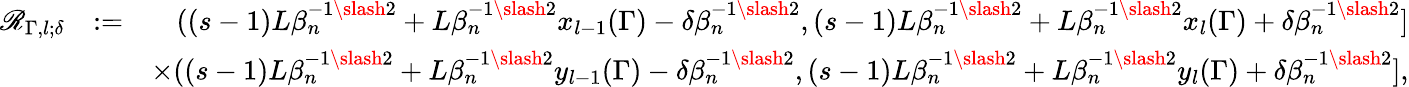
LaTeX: \begin{array}{rlr}{\mathscr{R}_{\Gamma,l;\delta}}&{:=}&{((s-1)L\beta_{n}^{-1\slash 2}+L\beta_{n}^{-1\slash 2}x_{l-1}(\Gamma)-\delta\beta_{n}^{-1\slash 2},(s-1)L\beta_{n}^{-1\slash 2}+L\beta_{n}^{-1\slash 2}x_{l}(\Gamma)+\delta\beta_{n}^{-1\slash 2}]}\\ &{}&{\times((s-1)L\beta_{n}^{-1\slash 2}+L\beta_{n}^{-1\slash 2}y_{l-1}(\Gamma)-\delta\beta_{n}^{-1\slash 2},(s-1)L\beta_{n}^{-1\slash 2}+L\beta_{n}^{-1\slash 2}y_{l}(\Gamma)+\delta\beta_{n}^{-1\slash 2}],}\end{array}